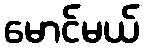
မောင်မယ်